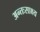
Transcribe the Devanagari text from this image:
अन्तःसाक्ष्य